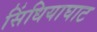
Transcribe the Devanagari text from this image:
सिंधियाघाट